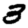
Digit: 3